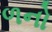
ળનો